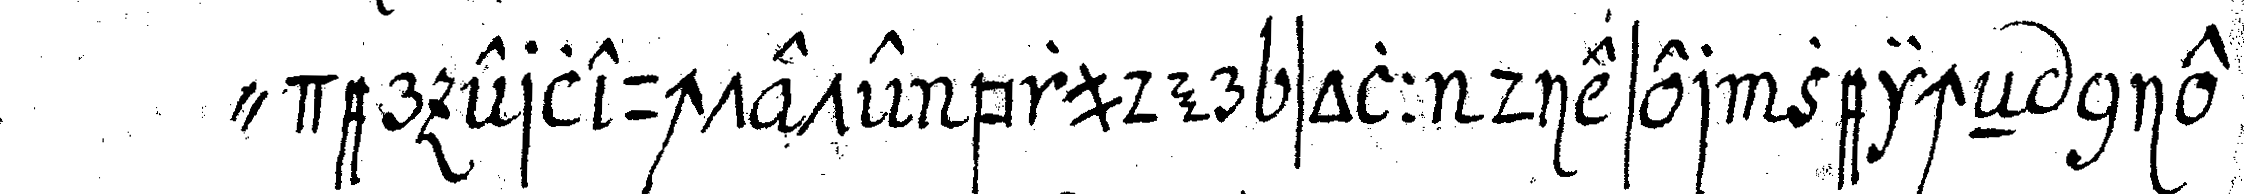
" der erleuchtete bruder soll dieser zeicheN nie